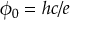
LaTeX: \phi _ { 0 } = h c / e